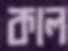
কাল